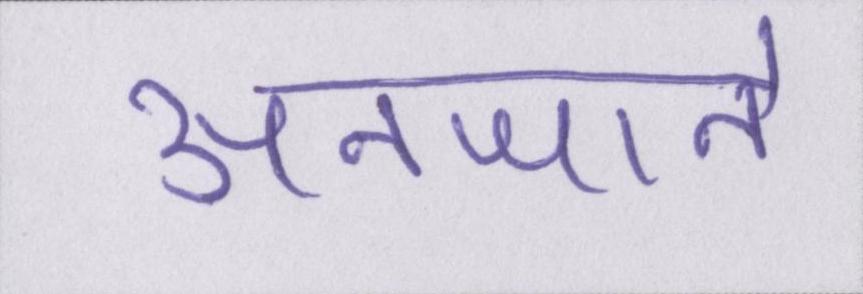
अनजाने